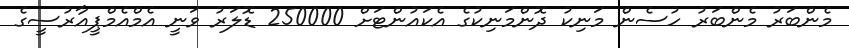
މެންބަރު މެންބަރު ހުސެން މަނިކު ދޮންމަނިކުގެ އެކައުންޓަށް 250000 ޑޮލަރު ވަނީ އެމްއެމްޕީއާރުސީގެ